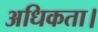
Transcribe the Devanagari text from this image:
अधिकता।